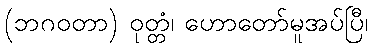
(ဘဂဝတာ) ဝုတ္တံ၊ ဟောတော်မူအပ်ပြီ၊